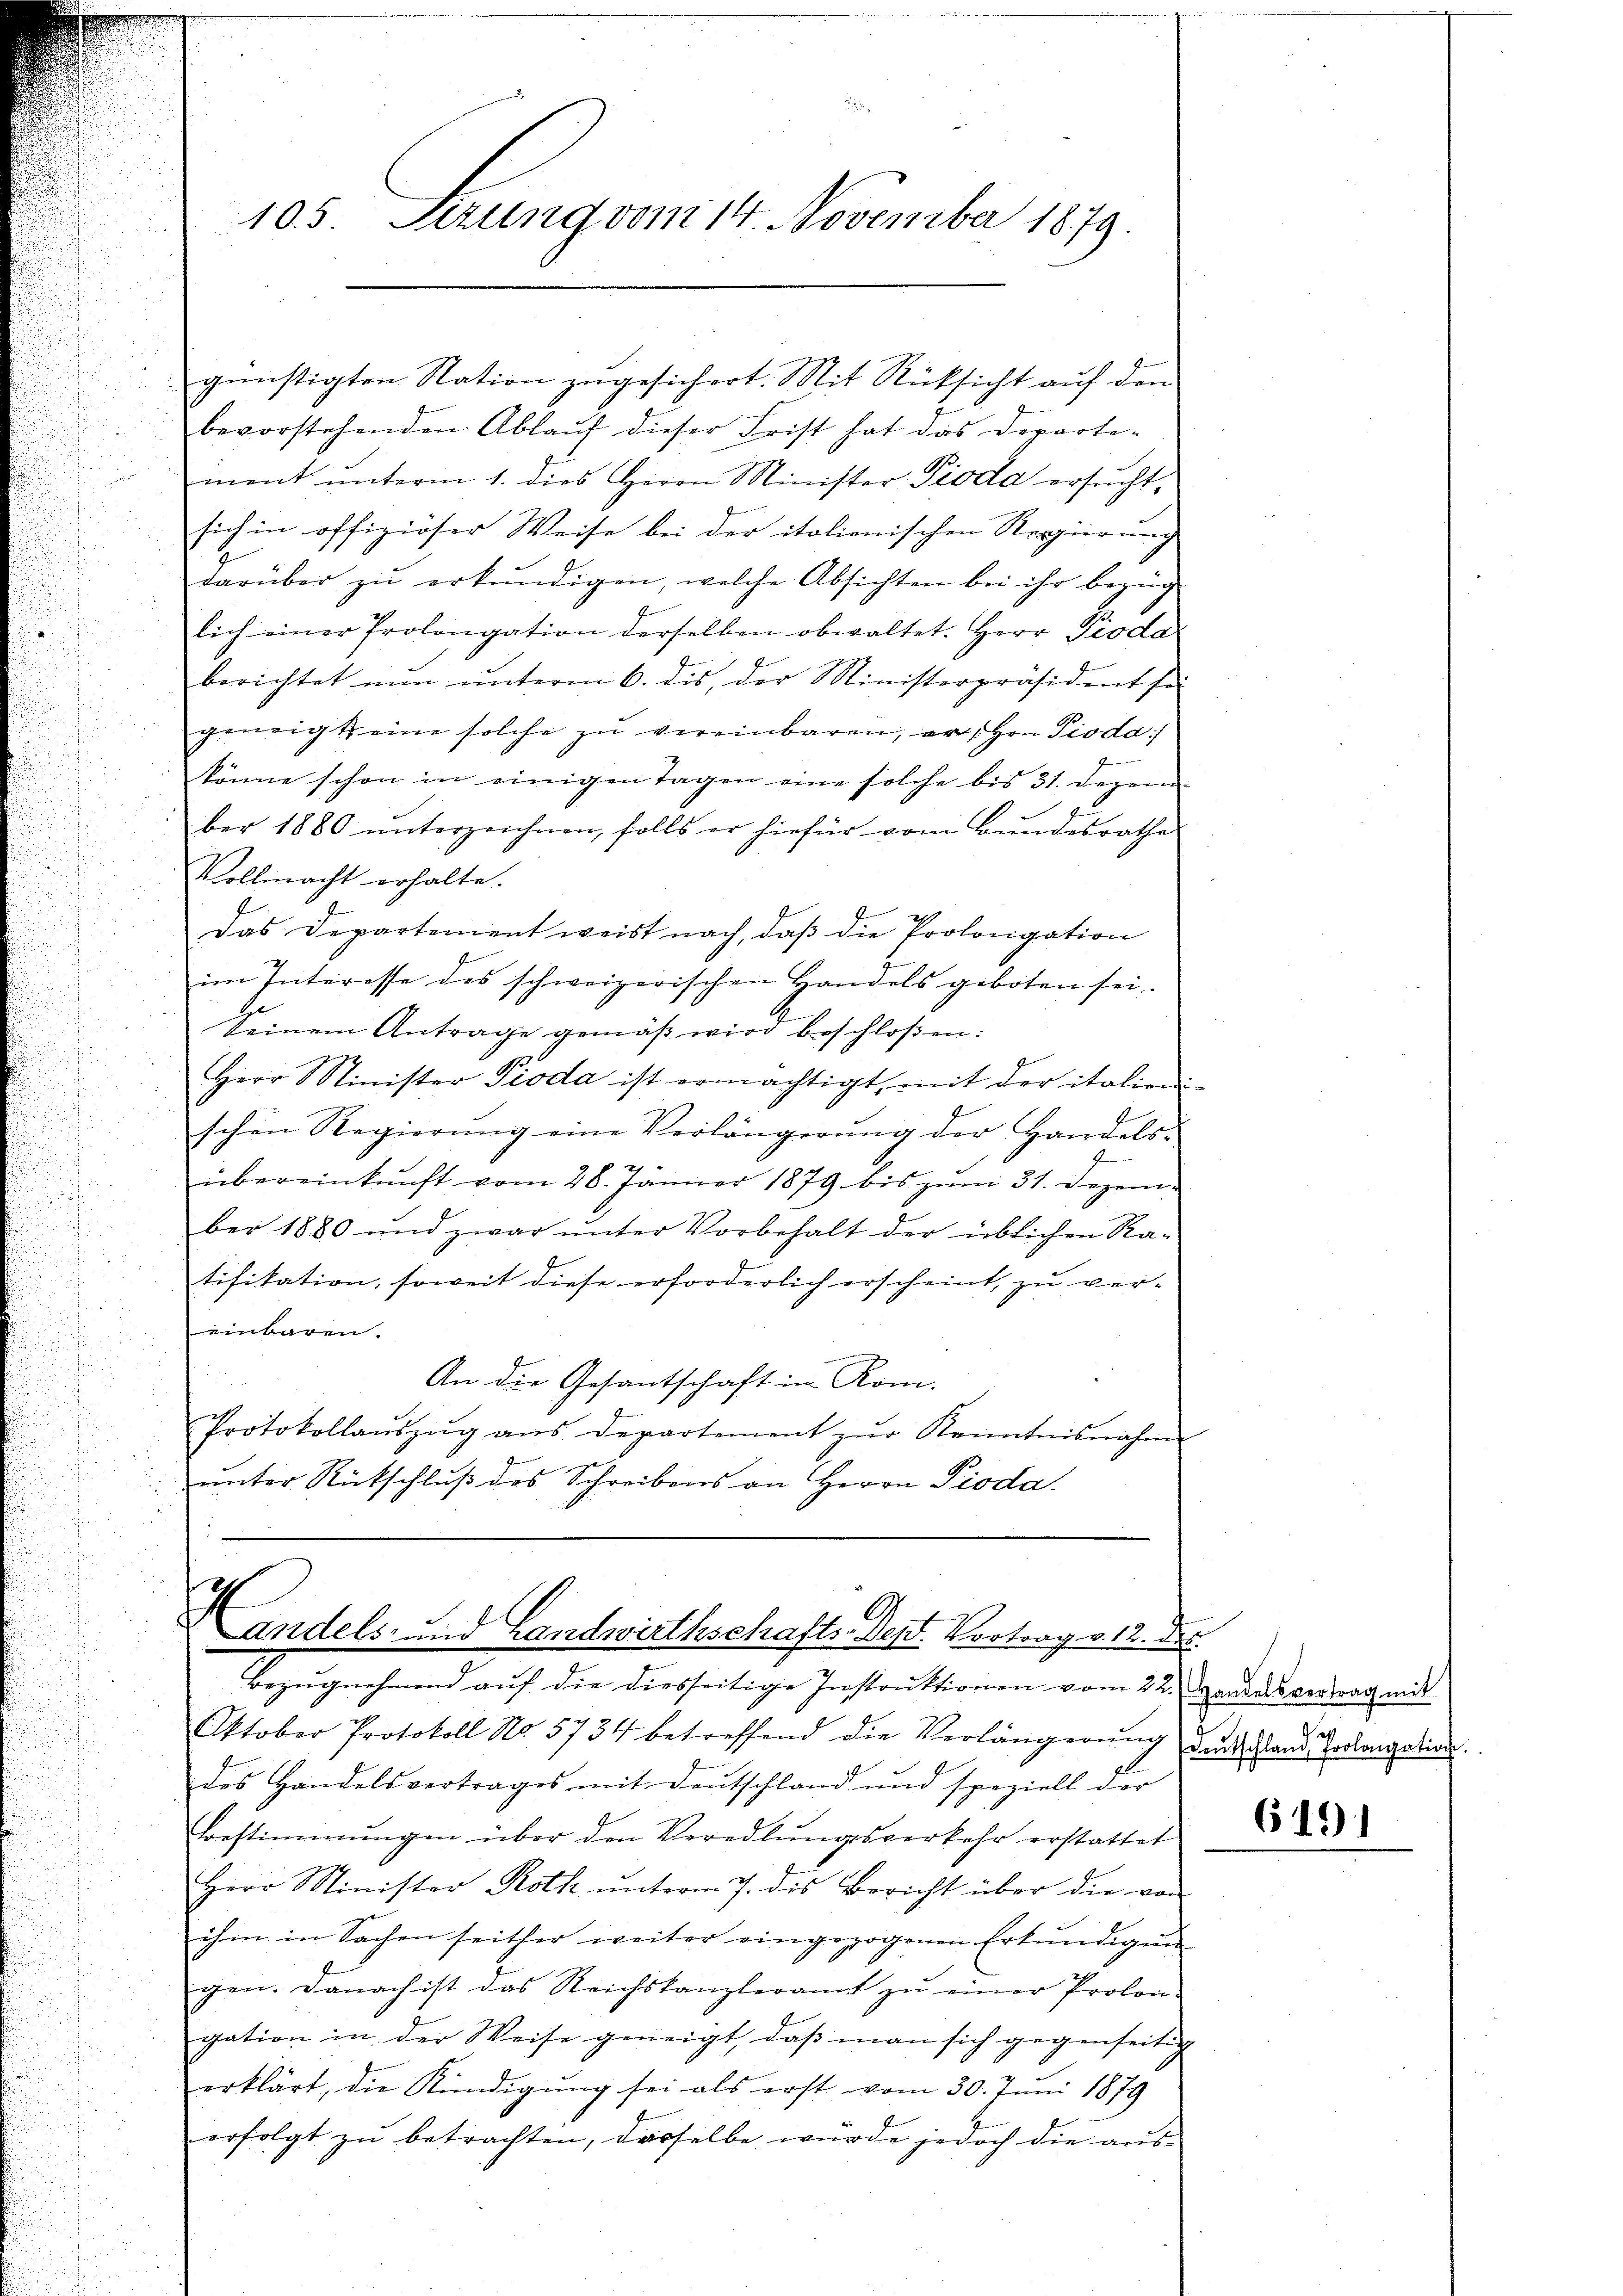
105. Sezung vom 14. November 1879.

günstigten Station zugesichert. Mit Rücksicht auf den
bevorstehenden Ablaŭf dieser Frist hat das Departe-
mnent ŭnterm 1. dies Herrn Minister- Pioda ersŭcht-
sich in offizioser Weise bei der italionischen Regierung
darüber zŭ erkŭndigen, welche Absichten bei ihr bezüg
lich einer Prolongation derselben obwaltet. Herr Pioda
berichtet nŭn ŭnterm 6. dis, der Ministerpräsident sei
geneigt eine solche zŭ vereinbaren, er, Hrn. Pioda:/
könne schon in einigen Tagen eine solche bis 31. Dezem-
ber 1880 ŭnterzeichnen, falls er hiefür vom Bundesrathe
Vollmacht erhalte.
Das Departement weist nach, daβ die Prolongation
im Interesse des schweizerischen Handels geboten sei
Seinem Antrage gemäβ wird beschloßen:
Herr Minister Pioda ist ermächtigt, mit der italien-
d
 25
schen Regierŭng eine Verlängerŭng der Handels-
2
übereinkunft vom 28. Jänner 1879 bis zŭm 31. Dezember 1880 und zwar unter Vorbehalt der üblichen Ra-
tifikation, soweit diese erforderlich erscheint, zu ver-
einbaren.
An die Gesantschaft in Rom.
Protokollaŭszŭg ans Departement zŭr Kenntnisnahme
unter Rückschluß des Schreibens an Herrn Pioda.

Landels- und Landwirthschafts-Dest. Vortrag v. 12. Dec.

Bezŭgnehmend auf die diesseitige Instruktionen vom 22. Handelsvertrag mit
Oktober Protokoll No. 5734 betreffend die Verlängerŭng
des Handelsvertrages mit Deutschland und speziell der
Bestimmungen über den Veredlŭngsverkehr erstattet
Herr Minister Roth unterm 7. des Bericht über die von
ihm in Sachen seither weiter eingezogenen Erkŭndigung
gen. Danach ist das Reichskanzleramt zŭ einer Prolon-
gation in der Weise geneigt, daß man sich gegenseitig
erklärt, die Kündigŭng sei als erst vom 30. Juni 1879
erfolgt zŭ betrachten, dasselbe wurde jedoch die aŭs-

Deŭtschland Prolongation.

6191